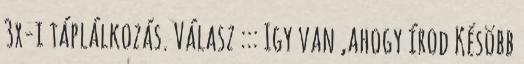
3x-i táplálkozás. Válasz ::: Igy van ,ahogy írod Késöbb